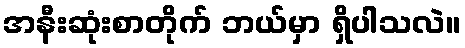
အနီးဆုံးစာတိုက် ဘယ်မှာ ရှိပါသလဲ။